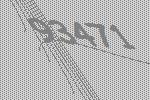
93471